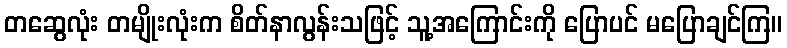
တဆွေလုံး တမျိုးလုံးက စိတ်နာလွန်းသဖြင့် သူ့အကြောင်းကို ပြောပင် မပြောချင်ကြ။